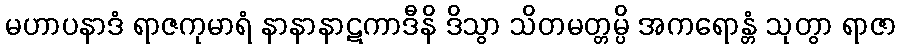
မဟာပနာဒံ ရာဇကုမာရံ နာနာနာဋကာဒီနိ ဒိသွာ သိတမတ္တမ္ပိ အကရောန္တံ သုတွာ ရာဇာ